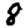
Digit: 8